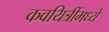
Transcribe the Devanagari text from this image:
कवयित्रींमध्ये